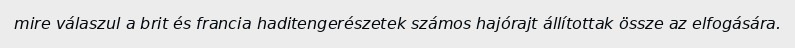
mire válaszul a brit és francia haditengerészetek számos hajórajt állítottak össze az elfogására.